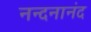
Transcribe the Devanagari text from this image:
नन्दनानंद